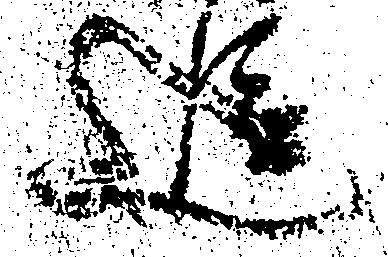
追